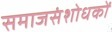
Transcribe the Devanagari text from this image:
समाजसंशोधकों